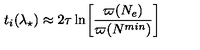
t _ { i } ( \lambda _ { \star } ) \approx 2 \tau \ln \biggr [ \frac { \varpi ( N _ { e } ) } { \varpi ( N ^ { m i n } ) } \biggl ]